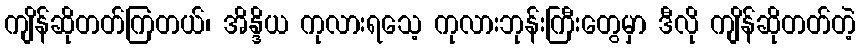
ကျိန်ဆိုတတ်ကြတယ်၊ အိန္ဒိယ ကုလားရသေ့ ကုလားဘုန်းကြီးတွေမှာ ဒီလို ကျိန်ဆိုတတ်တဲ့